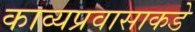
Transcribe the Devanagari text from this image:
काव्यप्रवासाकडे